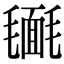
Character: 𣰔